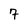
Character: 7